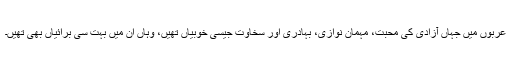
عربوں میں جہاں آزادی کی محبت، مہمان نوازی، بہادری اور سخاوت جیسی خوبیاں تھیں، وہاں ان میں بہت سی برائیاں بھی تھیں۔